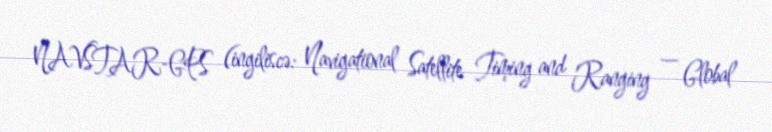
NAVSTAR-GPS (ingiliscə: Navigational Satellite Timing and Ranging — Global